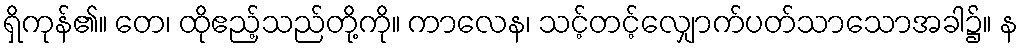
ရှိကုန်၏။ တေ၊ ထိုဧည့်သည်တို့ကို။ ကာလေန၊ သင့်တင့်လျှောက်ပတ်သာသောအခါ၌။ န